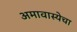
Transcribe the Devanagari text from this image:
अमावास्येचा